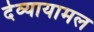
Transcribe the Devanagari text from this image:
देव्यायामल